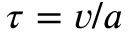
\tau = v / a